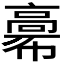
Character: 𩫒